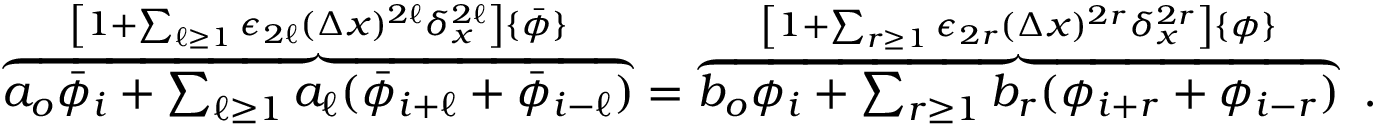
\begin{array} { r } { \overbrace { a _ { o } \bar { \phi } _ { i } + \sum _ { \ell \ge 1 } a _ { \ell } ( \bar { \phi } _ { i + \ell } + \bar { \phi } _ { i - \ell } ) } ^ { \left[ 1 + \sum _ { \ell \geq 1 } \epsilon _ { 2 \ell } ( \Delta x ) ^ { 2 \ell } \delta _ { x } ^ { 2 \ell } \right] \{ \bar { \phi } \} } = \overbrace { b _ { o } \phi _ { i } + \sum _ { r \ge 1 } b _ { r } ( \phi _ { i + r } + \phi _ { i - r } ) } ^ { \left[ 1 + \sum _ { r \geq 1 } \epsilon _ { 2 r } ( \Delta x ) ^ { 2 r } \delta _ { x } ^ { 2 r } \right] \{ \phi \} } \ . } \end{array}